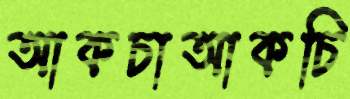
আকচাআকচি